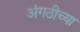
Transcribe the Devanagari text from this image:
अंगठीच्या